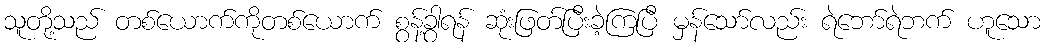
သူတို့သည် တစ်ယောက်ကိုတစ်ယောက် စွန့်ခွာရန် ဆုံးဖြတ်ပြီးခဲ့ကြပြီ မှန်သော်လည်း ရဲဘော်ရဲဘက် ဟူသော